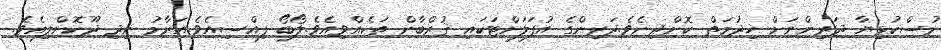
މުސްކުޅިޔާ ދަރިންނަށް ޚިދުމަތް ކޮށްދިނެވެ.ދަރިންގެ އުފަލަށްޓަކައި ޤުރްބާން ތަކެއްވިއެވެ.ލޯބޯ ފިއްސިއެވެ.އަރާމު ނިދި ދޫކޮށްލިއެވެ.